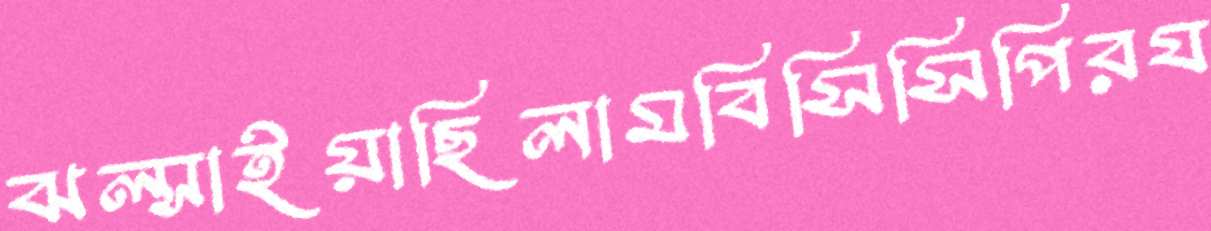
ঝল্‌সাইয়াছিলামবিসিসিপিরয